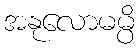
အနုလောမမ္ပိ